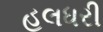
હલધરી